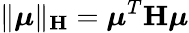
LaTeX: \| \boldsymbol{\mu}\| _{\mathbf{H}}=\boldsymbol{\mu}^{T}\mathbf{H}\boldsymbol{\mu}